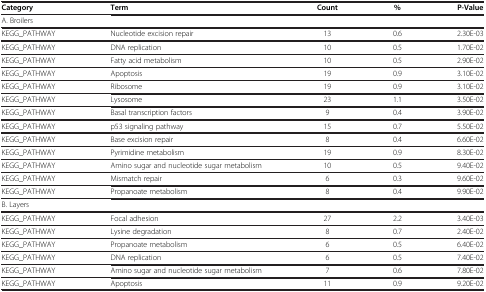
<table><thead><tr><td><b>Category</b></td><td><b>Term</b></td><td><b>Count</b></td><td><b>%</b></td><td><b>P-Value</b></td></tr></thead><tbody><tr><td colspan="5">A. Broilers</td></tr><tr><td>KEGG_PATHWAY</td><td>Nucleotide excision repair</td><td>13</td><td>0.6</td><td>2.30E-03</td></tr><tr><td>KEGG_PATHWAY</td><td>DNA replication</td><td>10</td><td>0.5</td><td>1.70E-02</td></tr><tr><td>KEGG_PATHWAY</td><td>Fatty acid metabolism</td><td>10</td><td>0.5</td><td>2.90E-02</td></tr><tr><td>KEGG_PATHWAY</td><td>Apoptosis</td><td>19</td><td>0.9</td><td>3.10E-02</td></tr><tr><td>KEGG_PATHWAY</td><td>Ribosome</td><td>19</td><td>0.9</td><td>3.10E-02</td></tr><tr><td>KEGG_PATHWAY</td><td>Lysosome</td><td>23</td><td>1.1</td><td>3.50E-02</td></tr><tr><td>KEGG_PATHWAY</td><td>Basal transcription factors</td><td>9</td><td>0.4</td><td>3.90E-02</td></tr><tr><td>KEGG_PATHWAY</td><td>p53 signaling pathway</td><td>15</td><td>0.7</td><td>5.50E-02</td></tr><tr><td>KEGG_PATHWAY</td><td>Base excision repair</td><td>8</td><td>0.4</td><td>6.60E-02</td></tr><tr><td>KEGG_PATHWAY</td><td>Pyrimidine metabolism</td><td>19</td><td>0.9</td><td>8.30E-02</td></tr><tr><td>KEGG_PATHWAY</td><td>Amino sugar and nucleotide sugar metabolism</td><td>10</td><td>0.5</td><td>9.40E-02</td></tr><tr><td>KEGG_PATHWAY</td><td>Mismatch repair</td><td>6</td><td>0.3</td><td>9.60E-02</td></tr><tr><td>KEGG_PATHWAY</td><td>Propanoate metabolism</td><td>8</td><td>0.4</td><td>9.90E-02</td></tr><tr><td colspan="5">B. Layers</td></tr><tr><td>KEGG_PATHWAY</td><td>Focal adhesion</td><td>27</td><td>2.2</td><td>3.40E-03</td></tr><tr><td>KEGG_PATHWAY</td><td>Lysine degradation</td><td>8</td><td>0.7</td><td>2.40E-02</td></tr><tr><td>KEGG_PATHWAY</td><td>Propanoate metabolism</td><td>6</td><td>0.5</td><td>6.40E-02</td></tr><tr><td>KEGG_PATHWAY</td><td>DNA replication</td><td>6</td><td>0.5</td><td>7.40E-02</td></tr><tr><td>KEGG_PATHWAY</td><td>Amino sugar and nucleotide sugar metabolism</td><td>7</td><td>0.6</td><td>7.80E-02</td></tr><tr><td>KEGG_PATHWAY</td><td>Apoptosis</td><td>11</td><td>0.9</td><td>9.20E-02</td></tr></tbody></table>